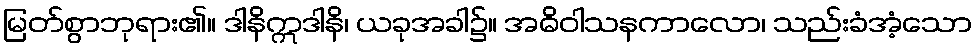
မြတ်စွာဘုရား၏။ ဒါနိဣဒါနိ၊ ယခုအခါ၌။ အဓိဝါသနကာလော၊ သည်းခံအံ့သော